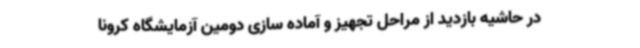
در حاشیه بازدید از مراحل تجهیز و آماده سازی دومین آزمایشگاه کرونا